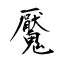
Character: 魘